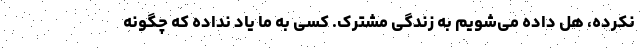
نکرده، هل داده می‌شویم به زندگی مشترک. کسی به ما یاد نداده که چگونه